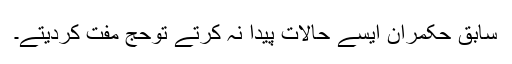
سابق حکمران ایسے حالات پیدا نہ کرتے توحج مفت کردیتے۔